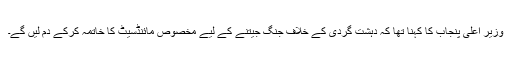
وزیر اعلیٰ پنجاب کا کہنا تھا کہ دہشت گردی کے خلاف جنگ جیتنے کے لیے مخصوص مائنڈسیٹ کا خاتمہ کرکے دم لیں گے۔